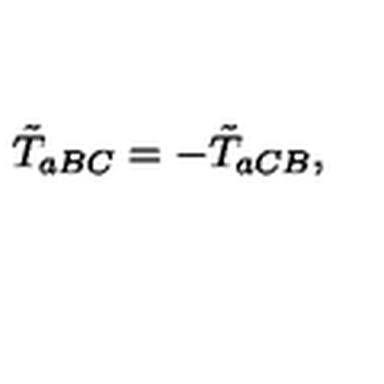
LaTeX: \tilde { T } _ { a B C } = - \tilde { T } _ { a C B } ,